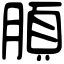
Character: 䐓